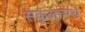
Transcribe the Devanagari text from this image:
संकुलामधे